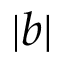
| b |